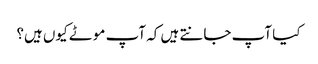
کیا آپ جانتے ہیں کہ آپ موٹے کیوں ہیں؟